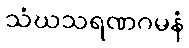
သံဃသရဏဂမနံ